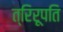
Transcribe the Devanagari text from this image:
त्रिरूपति